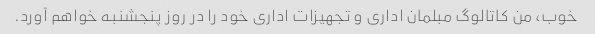
خوب، من کاتالوگ مبلمان اداری و تجهیزات اداری خود را در روز پنجشنبه خواهم آورد.